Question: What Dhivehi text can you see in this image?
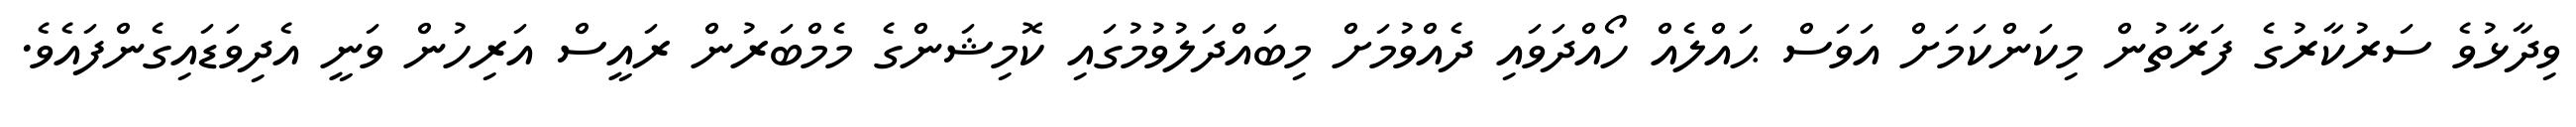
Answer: ވިދާޅުވެ ސަރުކާރުގެ ފަރާތުން މިކަންކަމަށް އަވަސް ޙައްލެއް ހޯއްދަވައި ދެއްވުމަށް މިބައްދަލުވުމުގައި ކޮމިޝަންގެ މެމްބަރުން ރައީސް އަރިހުން ވަނީ އެދިވަޑައިގެންފައެވެ.